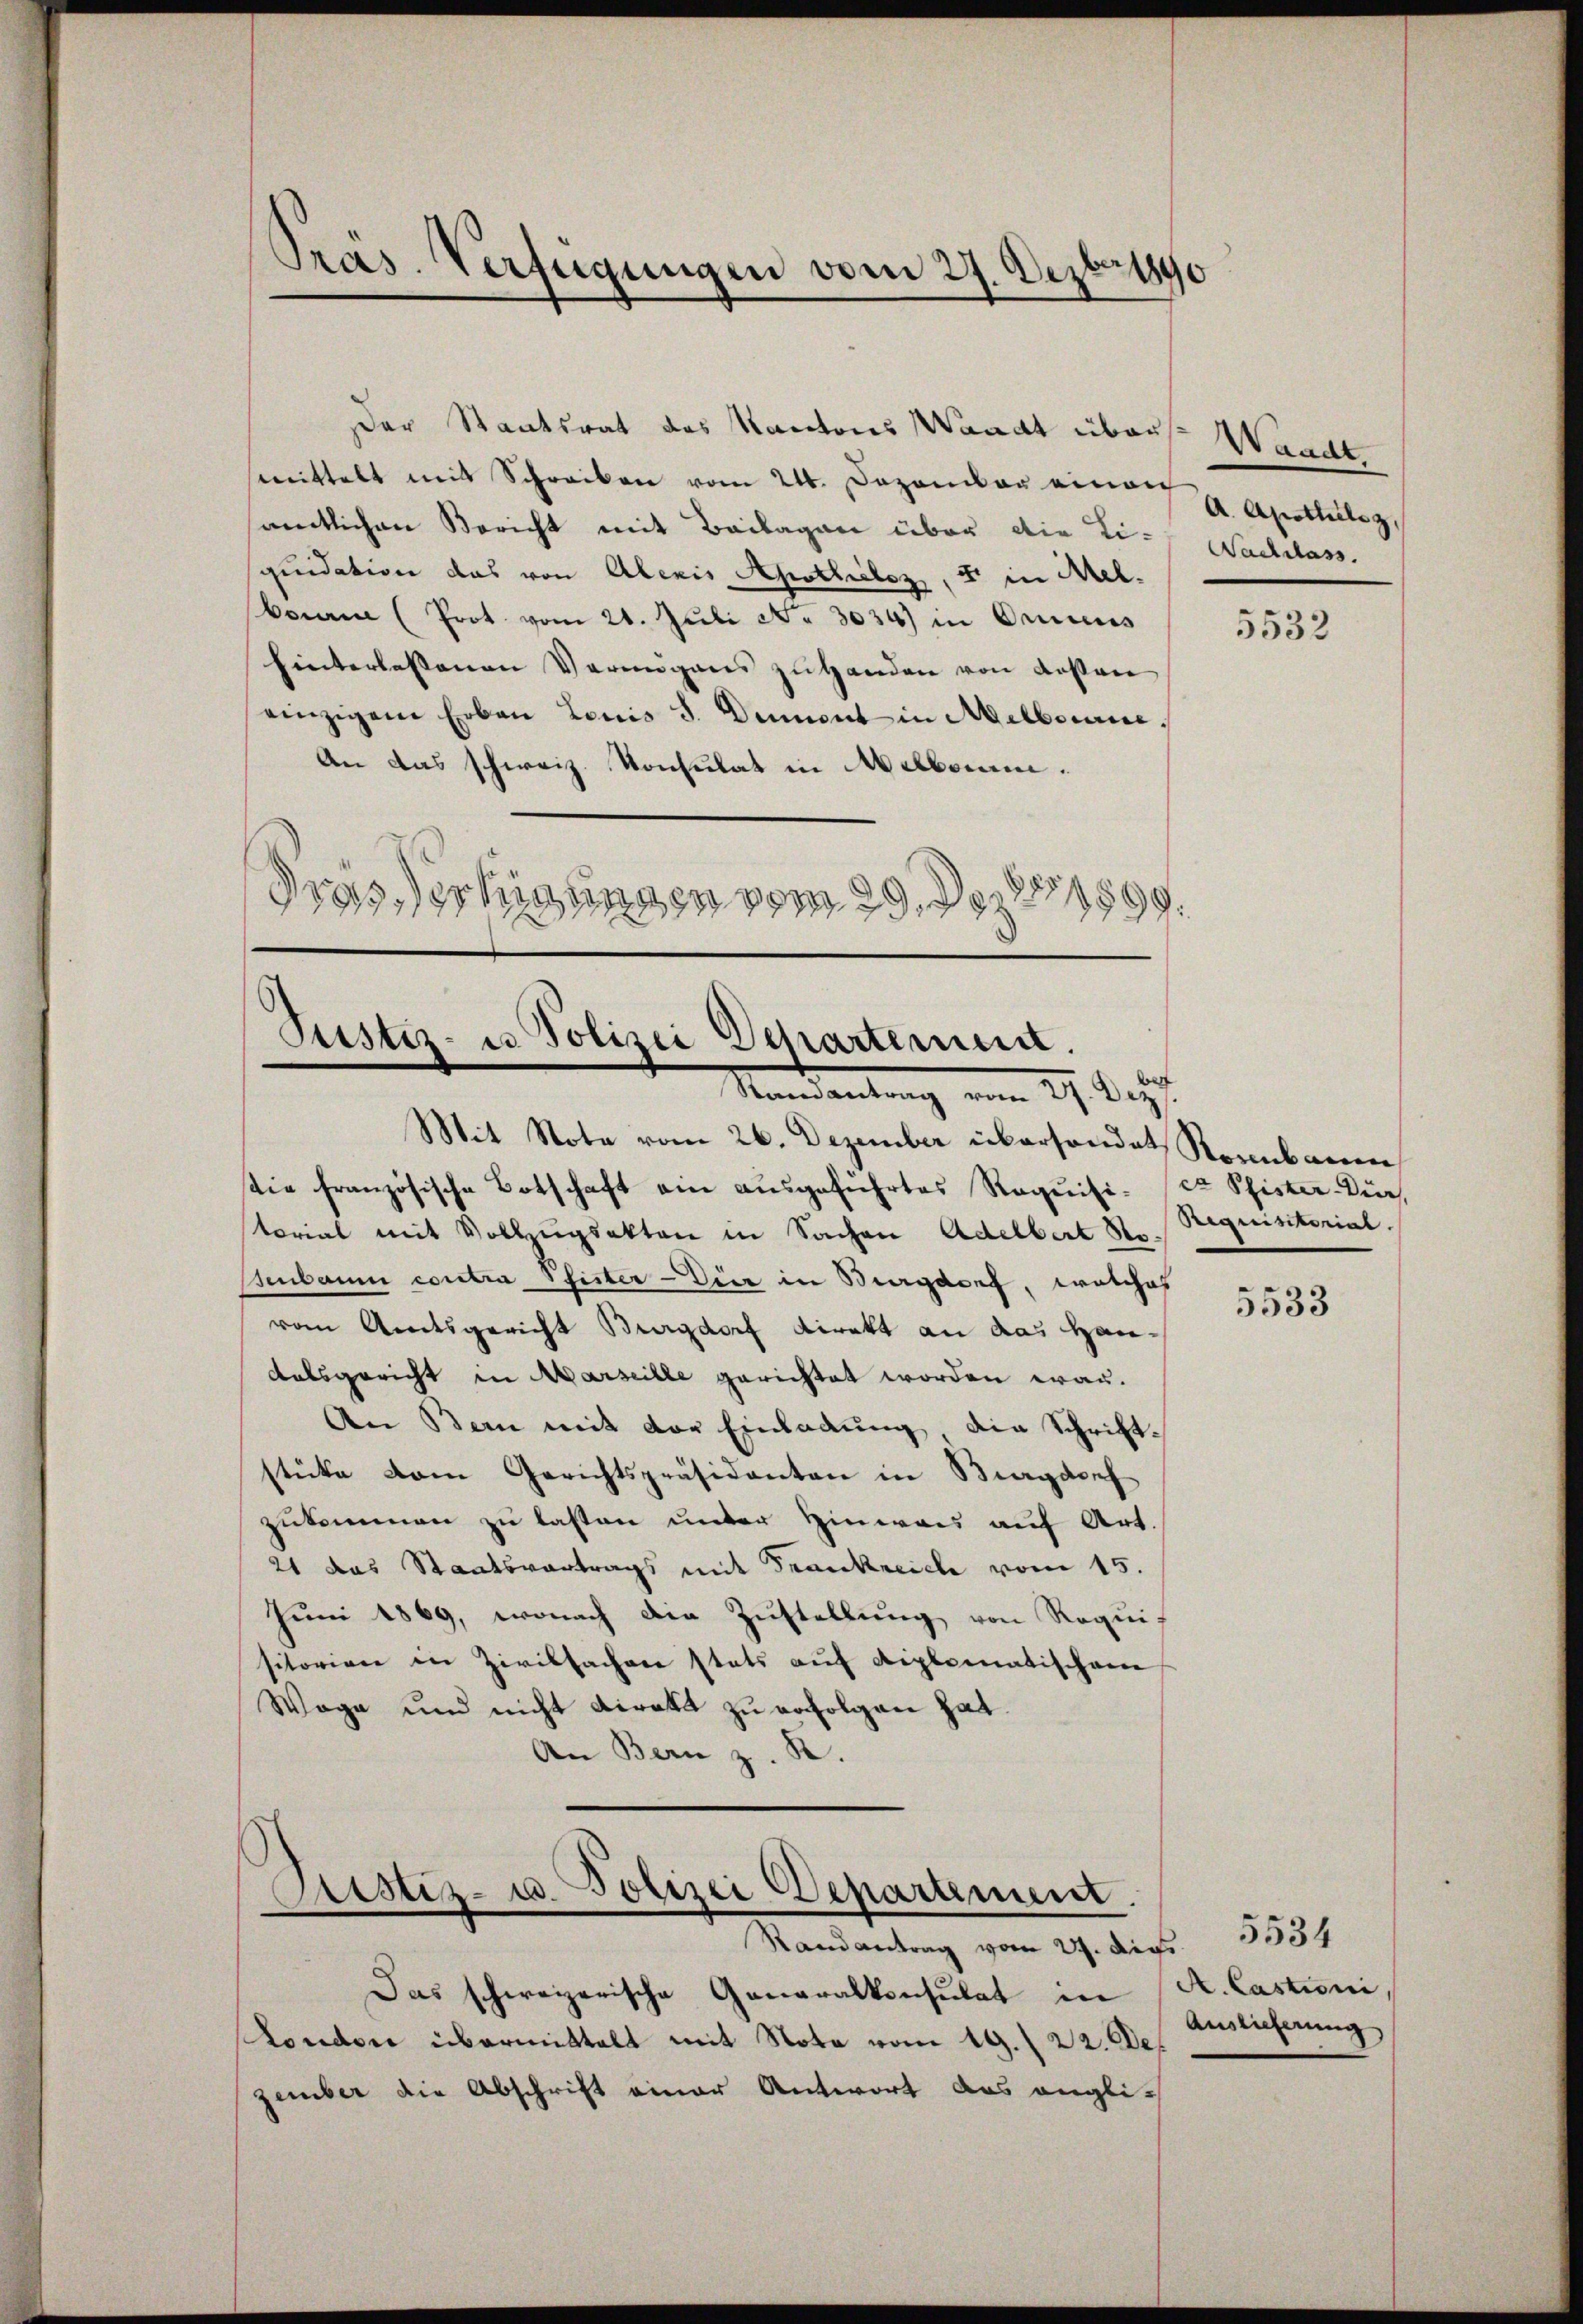
Pras. Verfügungen vom 27. Dezbr 1890

Der Staatsrat des Kantons Waadt über
smittelt mit Schreiben vom 24. Dezember einach
amtlichen Bericht mit Beilagen über die Liquidation das von Alexis Apothieloz, 4 in Mel.
brian (Prot. vom 21. Jŭli No 3034) in Oenies
hinterlassenen Vermögens zu handen von dessen
einzigem Erben Louis J. Diment in Melborne
An das schweiz. Konsulat in Melborn.
Grössertigungen vom 29. Dezbr 1899.

Pustiz- u Polizei Departemum.
Randantrag vom 27. Dez.

Aristiz- u. Polizei Departement.
Randantrag vom 27. Die 5534

Das schweizerische Generalkonsulat in
London übermittelt mit Nota vom 19. 22. De
zember die Abschrift einer Antwort das engli¬

Mit Note vom 26. Dezember übersendet Rennbaren
tie französische Botschaft ein ausgeführtes Requisi-er Pfister-Dür
torial mit Vollzugsakten in Sachen Adelbert No¬
Benbaum contra Pfister-Dier in Burgdorf, welches
vom Amtsgericht Burgdorf direkt an das Handalsgericht in Marseille gerichtet worden war.
An Bern mit der Einladung die Schriftstücke vom Gerichtspräsidenten in Burgdorf
zukommen zu lassen unter Hinweis auf Art.
21 das Staatsvertrags mit Frankreiche vom 15.
Juni 1869, wonach die Zustellung von Requis
sitorien in Zivilsachen stets aŭf diplomatischein
Wage und nicht direkt zu erfolgen hat.
An Bern z. R.

Waadt
A. Apotheils z.
Nachlass

5532

Requisitorial.

5533

A. Castioni,
Auslieferung